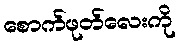
စောက်ဖုတ်လေးကို